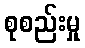
စုစည်းမှု